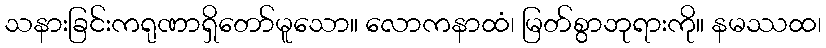
သနားခြင်းကရုဏာရှိတော်မူသော။ လောကနာထံ၊ မြတ်စွာဘုရားကို။ နမဿထ၊